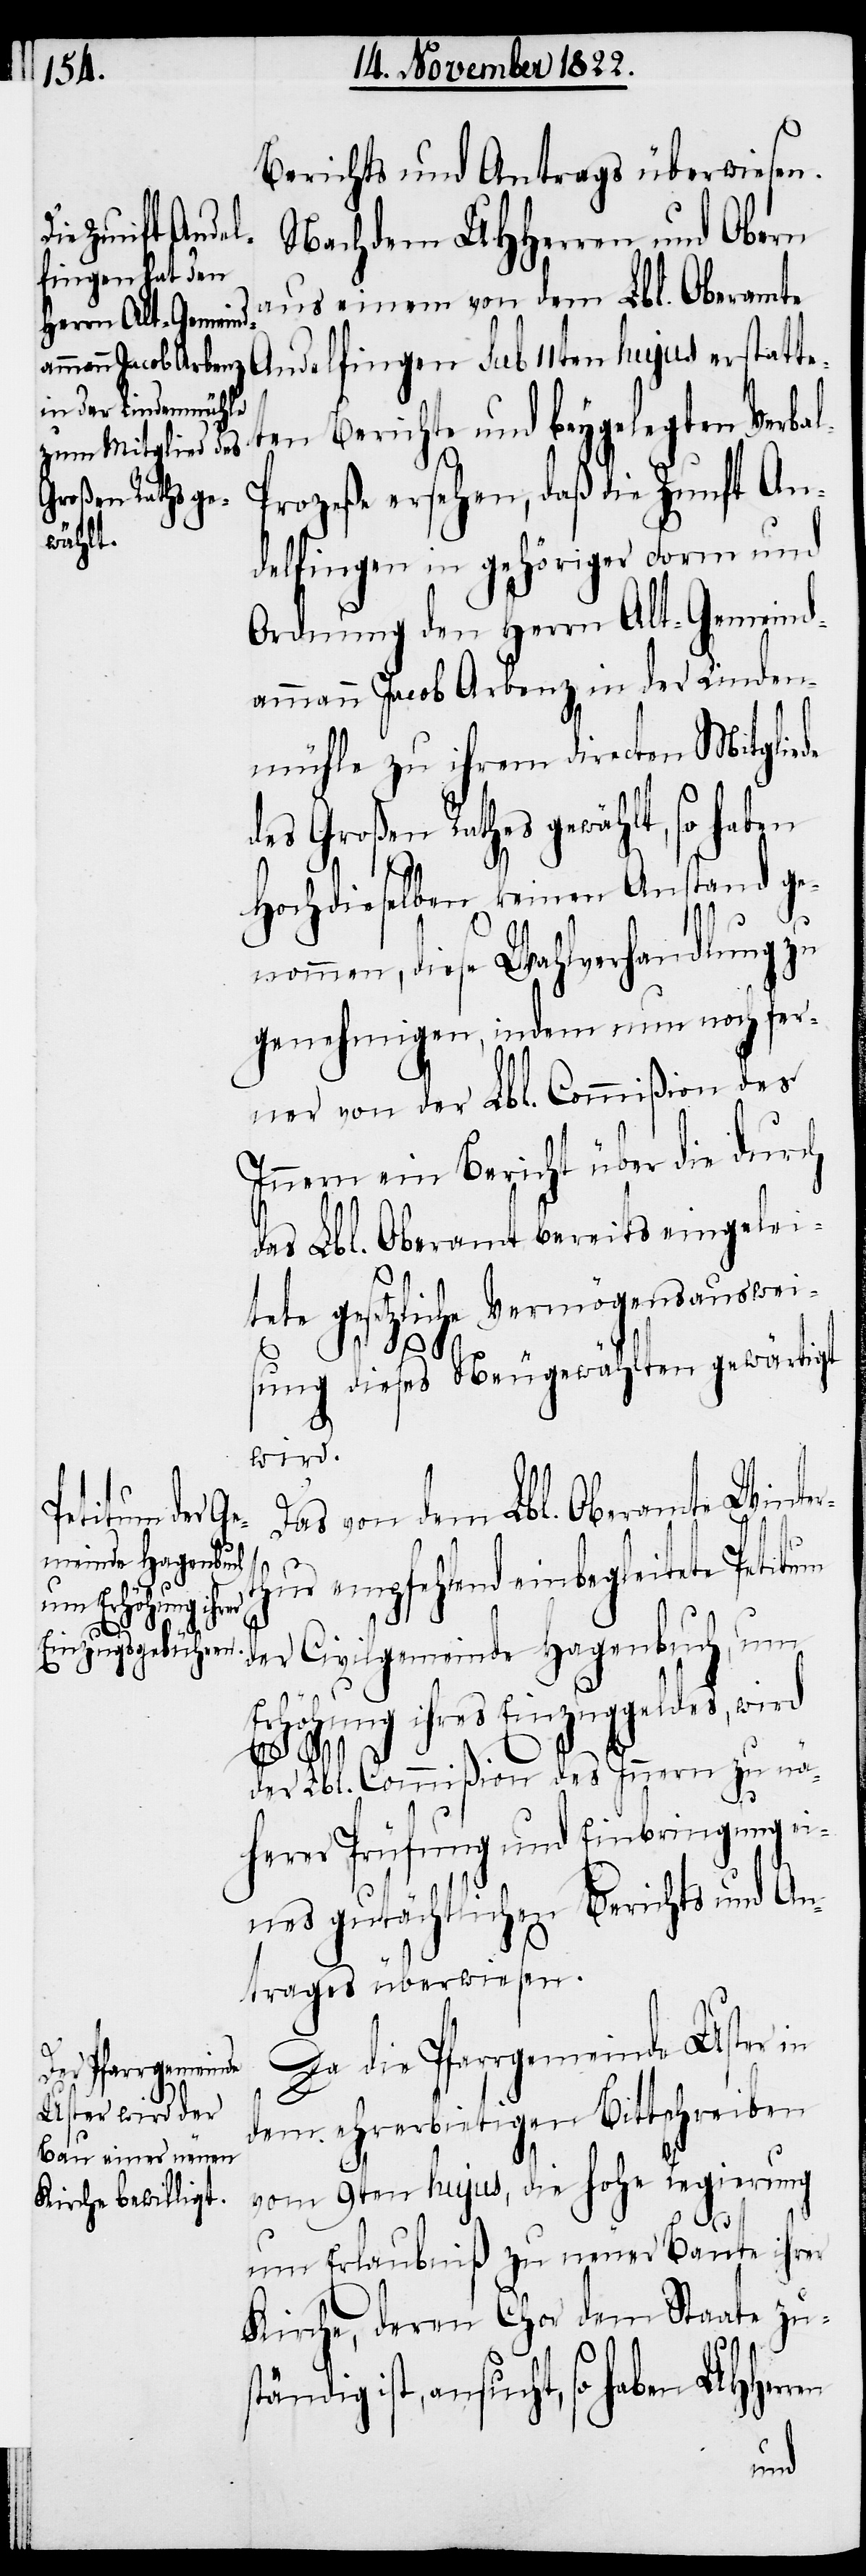
Berichts und Antrags überwiesen.
Nachdem UHHerren und Obern
aus einem von dem Lbl. Oberamte
Andelfingen sub 11ten hujus erstatte¬
ten Berichte und beygelegten Verba¬
rozeße ersehen, daß die Zunft An¬
delfingen in gehöriger Form und
Ordnung den Herrn Alt-Gemeind¬
ammann Jacob Arbenz in der Linden¬
mühle zu ihrem directen Mitgliede
des Großen Rathes gewählt, so haben
Hochdieselben keinen Anstand ge¬
nommen, diese Wahlverhandlung zu
genehmigen, indem nun noch fer¬
ner von der Lbl. Commißion des
Innern ein Bericht über die durch
das Lbl. Oberamt bereits eingelei¬
tete gesetzliche Vermögensauswei¬
sung dieses Neugewählten gewärtigt
wird.
Das von dem Lbl. Oberamte Winter¬
empfehlend einbegleitete
der Civilgemeinde Hagenbuch, um
Erhöhung ihres Einzugsgeldes, wird
der Lbl. Commißion des Innern zu nä¬
herer Prüfung und Einbringung ei¬
nes gutächtlichen Berichts und An¬
trages überwiesen.
Da die Pfarrgemeinde Uster in
dem ehrerbietigen Bittschreiben
vom 9ten hujus, die hohe Regierung
um Erlaubniß zu neuer Baute ihrer
Kirche, deren Chor dem Staate zu¬
ständig ist, ansucht, so haben UHHer¬
ren